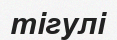
тігулі